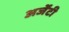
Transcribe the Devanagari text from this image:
अर्जेंटी